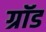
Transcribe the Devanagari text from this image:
ग्रॉड